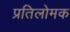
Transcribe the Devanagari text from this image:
प्रतिलोमक